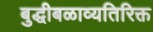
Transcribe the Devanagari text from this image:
बुद्धीबळाव्यतिरिक्त